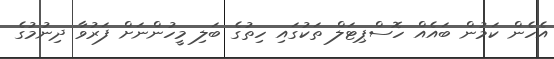
އެހެން ކަމުން ބައެއް ހޮސްޕިޓަލް ތަކުގައި ހިތުގެ ބަލި މީހުންނަށް ފަރުވާ ދިނުމުގެ